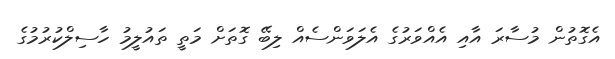
އެގޮތުން މުސާރަ އާއި އެއްވަރުގެ އެލަވަންސެއް ލިބޭ ގޮތަށް މަތީ ތައުލީމު ހާސިލްކުރުމުގެ